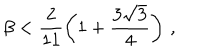
\beta < \frac { 2 } { 1 1 } \left( 1 + \frac { 3 \sqrt { 3 } } { 4 } \right) \, ,